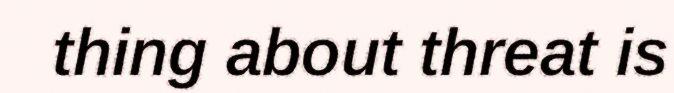
thing about threat is